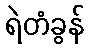
ရဲတံခွန်